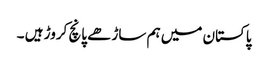
پاکستان میں ہم ساڑھے پانچ کروڑ ہیں ۔